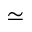
\simeq